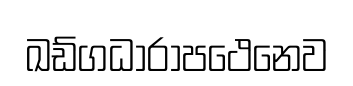
ඛඩ්ගධාරාපථෙනෙව